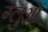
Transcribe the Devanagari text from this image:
ग्लुओं